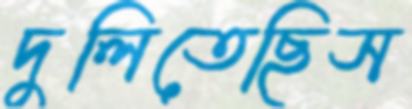
দুলিতেছিস